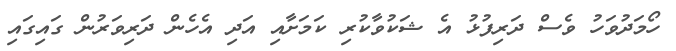
ހޯމަދުވަހު ވެސް ދަރިފުޅު އެ ޝަކުވާކުރި ކަމަށާއި އަދި އެހެން ދަރިވަރުން ގައިގައި